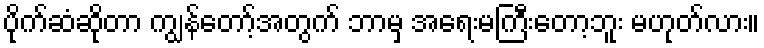
ပိုက်ဆံဆိုတာ ကျွန်တော့်အတွက် ဘာမှ အရေးမကြီးတော့ဘူး မဟုတ်လား။